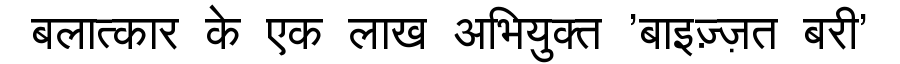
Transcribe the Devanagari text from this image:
बलात्कार के एक लाख अभियुक्त 'बाइज़्ज़त बरी'